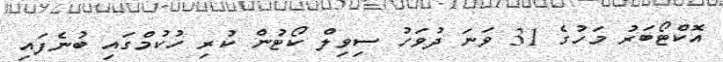
އޮކްޓޯބަރު މަހުގެ 31 ވަނަ ދުވަހު ސިވިލް ކޯޓުން ކުރި ހުކުމްގައި ބުނެފައި